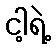
ငါ့ရဲ့